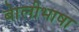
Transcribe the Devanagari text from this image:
बाेलीभाषा